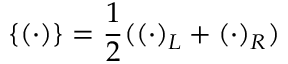
\{ ( \ensuremath { \boldsymbol { \cdot } } ) \} = \frac { 1 } { 2 } ( ( \ensuremath { \boldsymbol { \cdot } } ) _ { L } + ( \ensuremath { \boldsymbol { \cdot } } ) _ { R } )